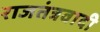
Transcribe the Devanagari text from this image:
राजतंत्रवादी